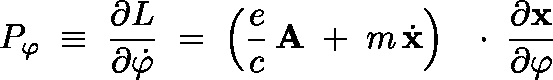
P _ { \varphi } \; \equiv \; \frac { \partial L } { \partial \dot { \varphi } } \; = \; \left( \frac { e } { c } \, { \bf A } \; + \; m \, \dot { \bf x } \right) \, \mathrm { ~ \boldmath ~ \cdot ~ } \, \frac { \partial \bf x } { \partial \varphi }